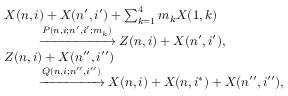
\begin{array} { r l } & { X ( n , i ) + X ( n ^ { \prime } , i ^ { \prime } ) + \sum _ { k = 1 } ^ { 4 } m _ { k } X ( 1 , k ) } \\ & { ~ ~ ~ ~ ~ ~ ~ ~ \xrightarrow { P ( n , i ; n ^ { \prime } , i ^ { \prime } ; m _ { k } ) } Z ( n , i ) + X ( n ^ { \prime } , i ^ { \prime } ) , } \\ & { Z ( n , i ) + X ( n ^ { \prime \prime } , i ^ { \prime \prime } ) } \\ & { ~ ~ ~ ~ ~ ~ ~ ~ \xrightarrow { Q ( n , i ; n ^ { \prime \prime } , i ^ { \prime \prime } ) } X ( n , i ) + X ( n , i ^ { * } ) + X ( n ^ { \prime \prime } , i ^ { \prime \prime } ) , } \end{array}